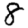
Digit: 8